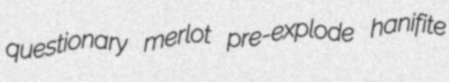
questionary merlot pre-explode hanifite